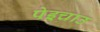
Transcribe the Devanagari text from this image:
पेइचाउ